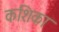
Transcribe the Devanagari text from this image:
कशिका